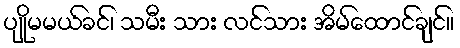
ပျိုမမယ်ခင်၊ သမီး သား လင်သား အိမ်ထောင်ချင်။